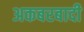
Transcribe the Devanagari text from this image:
अकबरबादी